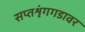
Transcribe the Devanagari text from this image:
सप्तशृंगगडावर